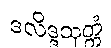
ဒလိဒ္ဒသုတ္တံ